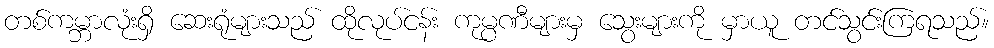
တစ်ကမ္ဘာလုံးရှိ ဆေးရုံများသည် ထိုလုပ်ငန်း ကုမ္ပဏီများမှ သွေးများကို မှာယူ တင်သွင်းကြရသည်။